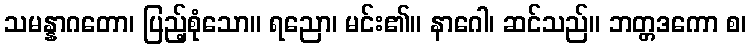
သမန္နာဂတော၊ ပြည့်စုံသော။ ရညော၊ မင်း၏။ နာဂေါ၊ ဆင်သည်။ ဘတ္တဒကော စ၊